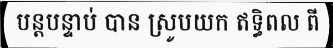
បន្តបន្ទាប់ បាន ស្រូបយក ឥទ្ធិពល ពី